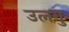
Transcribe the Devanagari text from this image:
उलगु